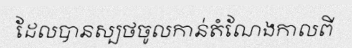
ដែលបានស្បថចូលកាន់តំណែងកាលពី